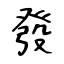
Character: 發